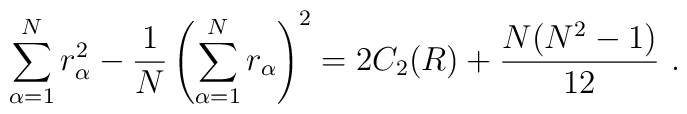
\sum_{\alpha=1}^Nr_\alpha^2-\frac{1}{N}\left(\sum_{\alpha=1}^Nr_\alpha\right)^2=2 C_2(R)+\frac{N(N^2-1)}{12}\ .